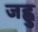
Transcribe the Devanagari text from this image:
जह्वु